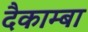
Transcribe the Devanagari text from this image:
दैकाम्बा